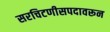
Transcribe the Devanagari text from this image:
सरचिटणीसपदावरून